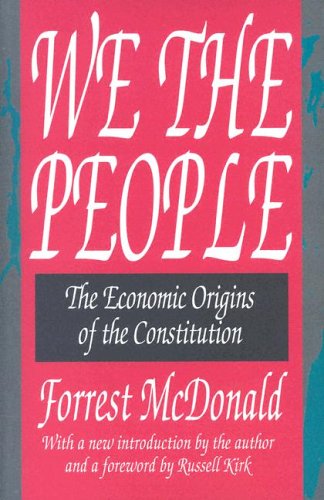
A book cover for We the People: The Economic Origins of the Constitution; Forrest McDonald; Medical Books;